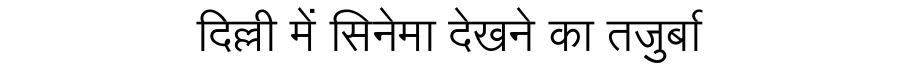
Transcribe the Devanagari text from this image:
दिल्ली में सिनेमा देखने का तजुर्बा